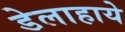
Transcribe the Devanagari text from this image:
डेलाहाये